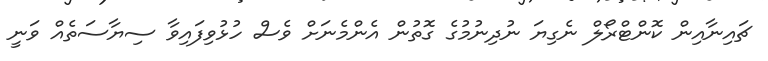
ޗައިނާއިން ކޮންޓްރޯލް ނެގިޔަ ނުދިނުމުގެ ގޮތުން އެންމެނަށް ވެސް ހުޅުވިފައިވާ ސިޔާސަތެއް ވަނީ